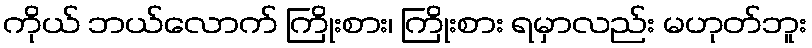
ကိုယ် ဘယ်လောက် ကြိုးစား၊ ကြိုးစား ရမှာလည်း မဟုတ်ဘူး